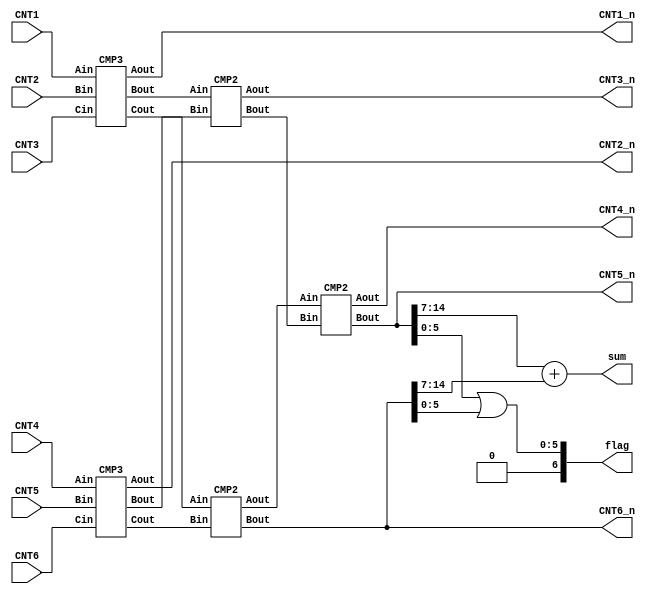
`timescale 1ns/10ps

module PE(
// CNT form CNTcounter
CNT1,
CNT2,
CNT3,
CNT4,
CNT5,
CNT6,
// next {CNT, flag} to CNTcounter
CNT1_n,
CNT2_n,
CNT3_n,
CNT4_n,
CNT5_n,
CNT6_n,

sum,
flag
);
	input	[14:0]	CNT1, CNT2, CNT3, CNT4, CNT5, CNT6;
	output	[14:0]	CNT1_n, CNT2_n, CNT3_n, CNT4_n, CNT5_n, CNT6_n;
	output 	[7:0]	sum;
	output	[6:0]	flag;
	
	wire [14:0]	U0_min, U0_mid, U0_max;
	wire [14:0] 	U1_min, U1_mid, U1_max;
	wire [14:0]	U2_min, U2_max;
	wire [14:0]	U3_min, U3_max;
	wire [14:0]	U4_min, U4_max;
	CMP3 U0(
		.Ain	(CNT1), 
		.Bin	(CNT2), 
		.Cin	(CNT3), 
		.Aout	(U0_max), 
		.Bout	(U0_mid), 
		.Cout	(U0_min)
	);
	CMP3 U1(
		.Ain	(CNT4), 
		.Bin	(CNT5), 
		.Cin	(CNT6), 
		.Aout	(U1_max), 
		.Bout	(U1_mid), 
		.Cout	(U1_min)
	);
	CMP2 U2(
		.Ain	(U0_min), 
		.Bin	(U1_min),  
		.Aout	(U2_max), 
		.Bout	(U2_min)
	);
	CMP2 U3(
		.Ain	(U0_mid), 
		.Bin	(U1_mid), 
		.Aout	(U3_max), 
		.Bout	(U3_min)
	);
	CMP2 U4(
		.Ain	(U2_max), 
		.Bin	(U3_min), 
		.Aout	(U4_max), 
		.Bout	(U4_min) 
	);
	
	assign {CNT1_n, CNT2_n, CNT3_n, CNT4_n} = {U0_max, U1_max, U3_max, U4_max};
	assign {CNT5_n, CNT6_n} = {U4_min, U2_min};
	assign sum = CNT5_n[14:7] + CNT6_n[14:7];
	assign flag[5:0] = CNT5_n[5:0]|CNT6_n[5:0];
	assign flag[6] = 1'b0;
	
endmodule

`define BITS 15
module CMP3(Ain, Bin, Cin, Aout, Bout, Cout);
input[`BITS-1:0] Ain, Bin, Cin;
output reg[`BITS-1:0] Aout, Bout, Cout;
wire A_lt_B, A_lt_C, B_lt_C;
assign A_lt_B = (Ain < Bin);
assign A_lt_C = (Ain < Cin);
assign B_lt_C = (Bin < Cin);
always@(*) begin
	case({A_lt_B, A_lt_C, B_lt_C})
		3'b111: {Aout, Bout, Cout} = {Cin, Bin, Ain};
		3'b110: {Aout, Bout, Cout} = {Bin, Cin, Ain};
		3'b011: {Aout, Bout, Cout} = {Cin, Ain, Bin};
		3'b100: {Aout, Bout, Cout} = {Bin, Ain, Cin};
		3'b001: {Aout, Bout, Cout} = {Ain, Cin, Bin};
		3'b000: {Aout, Bout, Cout} = {Ain, Bin, Cin};
		default: {Aout, Bout, Cout} = 3*`BITS 'bx;
	endcase
end
endmodule

module CMP2(Ain, Bin, Aout, Bout);
input	[`BITS-1:0] Ain, Bin;
output	[`BITS-1:0] Aout, Bout;
assign {Aout, Bout} = (Ain > Bin)? {Ain, Bin} : {Bin, Ain};
endmodule